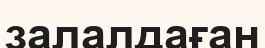
залалдаған